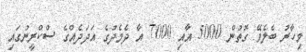
މިހާރު ބެލެވޭ ގޮތުން 5000 އާއި 7000 އާ ދެމެދުގެ އަދަދެއްގެ ސްކްރީނުގައި